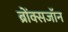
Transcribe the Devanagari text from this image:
ब्रोंक्सजॉन